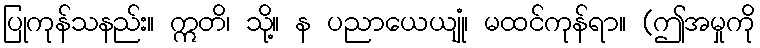
ပြုကုန်သနည်း။ ဣတိ၊ သို့။ န ပညာယေယျုံ၊ မထင်ကုန်ရာ။ (ဤအမှုကို